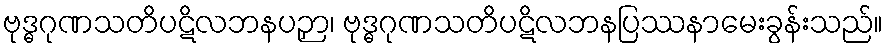
ဗုဒ္ဓဂုဏသတိပဋိလဘနပဉှာ၊ ဗုဒ္ဓဂုဏသတိပဋိလဘနပြဿနာမေးခွန်းသည်။